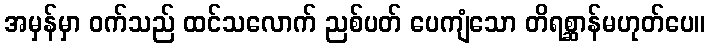
အမှန်မှာ ဝက်သည် ထင်သလောက် ညစ်ပတ် ပေကျံသော တိရစ္ဆာန်မဟုတ်ပေ။